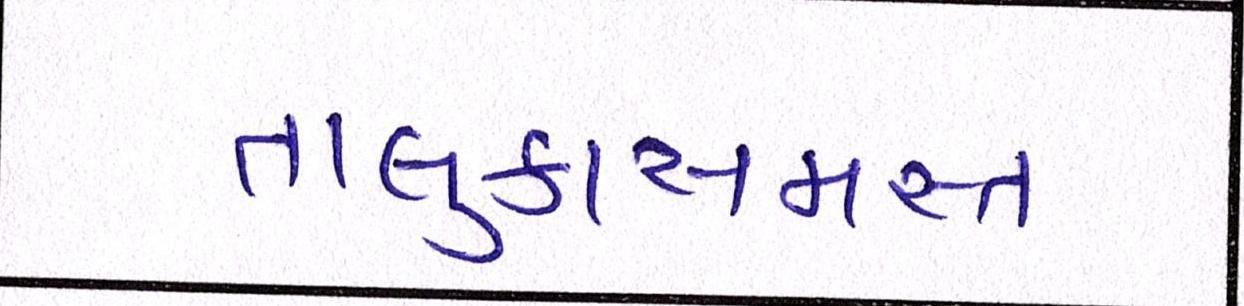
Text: તાલુકાસમસ્ત